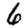
Digit: 6